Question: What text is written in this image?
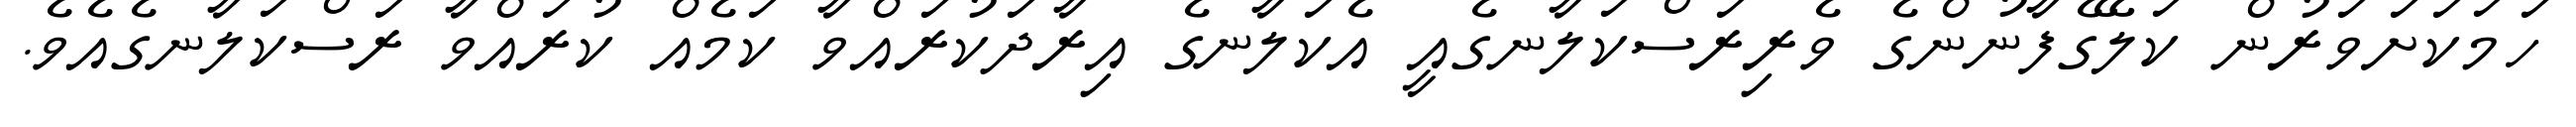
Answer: ހަމަކަށަވަރުން ކަލޭގެފާނުންގެ ވެރިރަސްކަލާނގެއީ އެކަލާނގެ އިރާދަކުރައްވާ ކަމެއް ކުރައްވާ ރަސްކަލާނގެއެވެ.